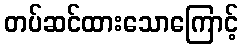
တပ်ဆင်ထားသောကြောင့်